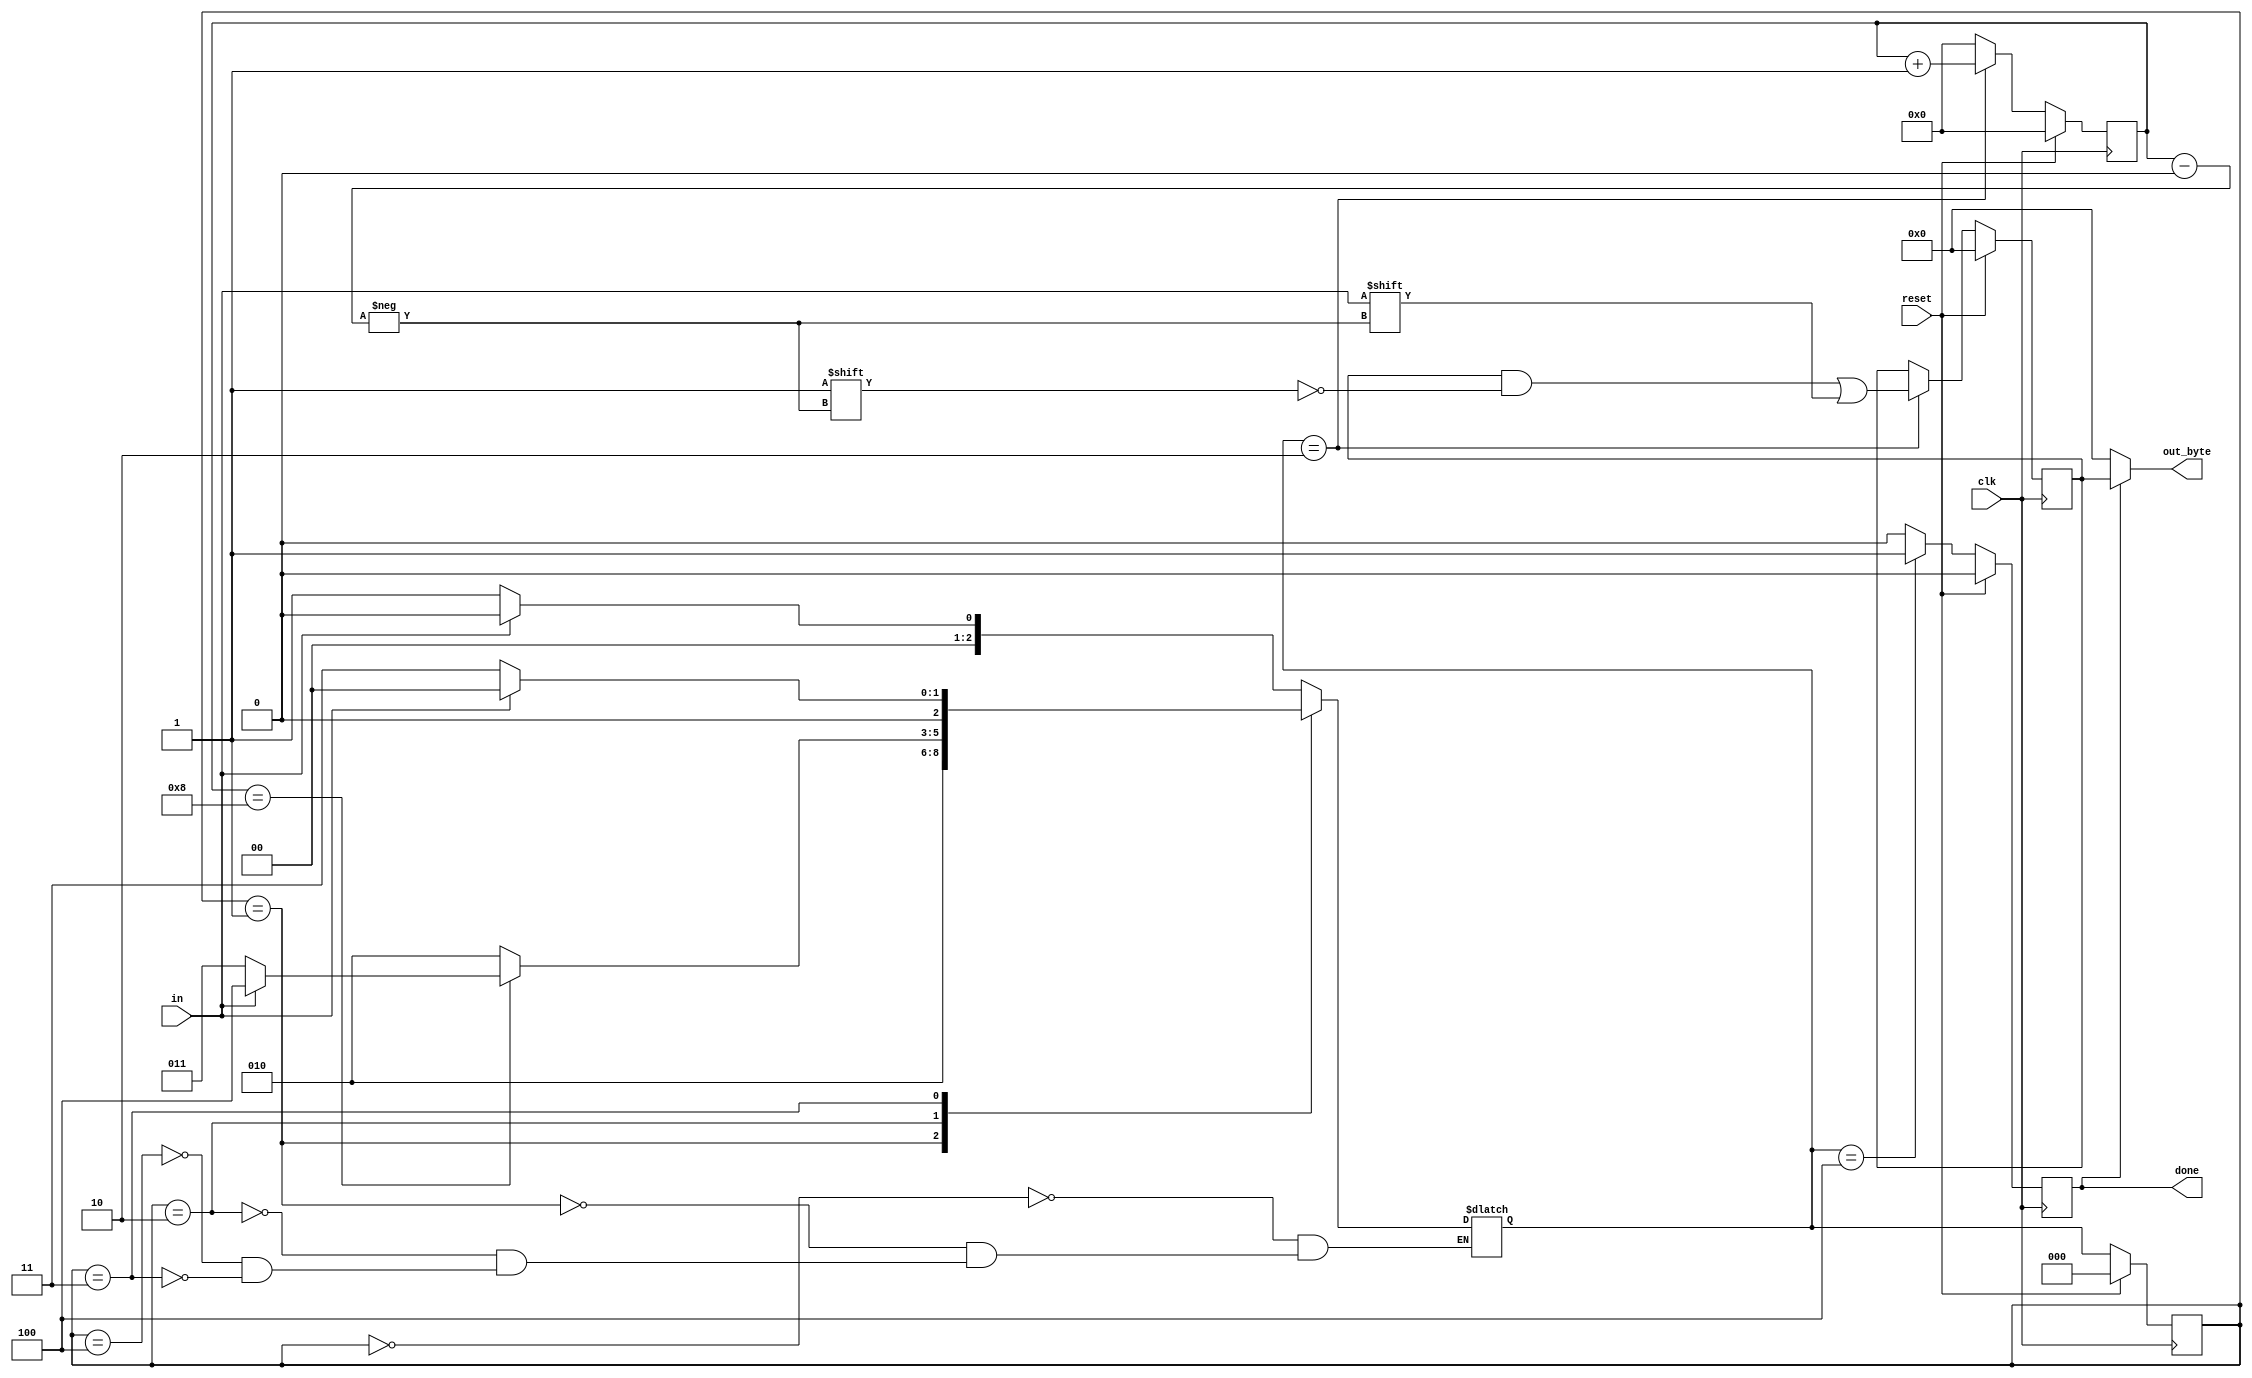
module top_module(
    input clk,
    input in,
    input reset,    // Synchronous reset
    output [7:0] out_byte,
    output done
); 
    localparam [2:0] IDLE 	 = 3'b000,
					 START 	 = 3'b001,
					 RECEIVE = 3'b010,
					 WAIT	 = 3'b011,
					 STOP    = 3'b100;

	reg [2:0] state, next;
	reg [3:0] i;
    reg [7:0] out;
    always @(*)begin
        case(state)
            IDLE : next = (in)? IDLE : START;
            START : next = RECEIVE;
            RECEIVE : next = (i==8)? ((in)? STOP:WAIT): RECEIVE;
            STOP : next = (in)? IDLE: START;
            WAIT : next = (in)? IDLE: WAIT;
        endcase
    end
    always @(posedge clk) begin
        if(reset) state <= IDLE;
        else state <= next;
	end
	always @(posedge clk) begin
		if (reset) begin
			done <= 0;
			i <= 0;
		end
		else begin
			case(next) 
				RECEIVE : begin
					done <= 0;
					i = i + 1;
				end
				STOP : begin
					done <= 1;
					i <= 0;
				end
				default : begin
					done <= 0;
					i <= 0;
				end
			endcase
		end
	end
    
    // New: Datapath to latch input bits.
    always @(posedge clk) begin
    	if (reset) out <= 0;
    	else if (next == RECEIVE)
    		out[i] <= in;
    end

    assign out_byte = (done) ? out : 8'b0;
    
endmodule